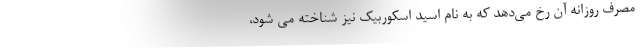
مصرف روزانه آن رخ می‌دهد که به نام اسید اسکوربیک نیز شناخته می شود،